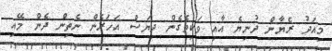
މިއަދު ރެޔާން ދުނިޔެ އާއި ވަކިވެގެން ދިޔަސް އަހަރެން ނެތިން ދެން މޭއި